Annual report on the mental hospital in the Central Provinces and Berar (Nagpur) - 1927-1951
Year: 1927
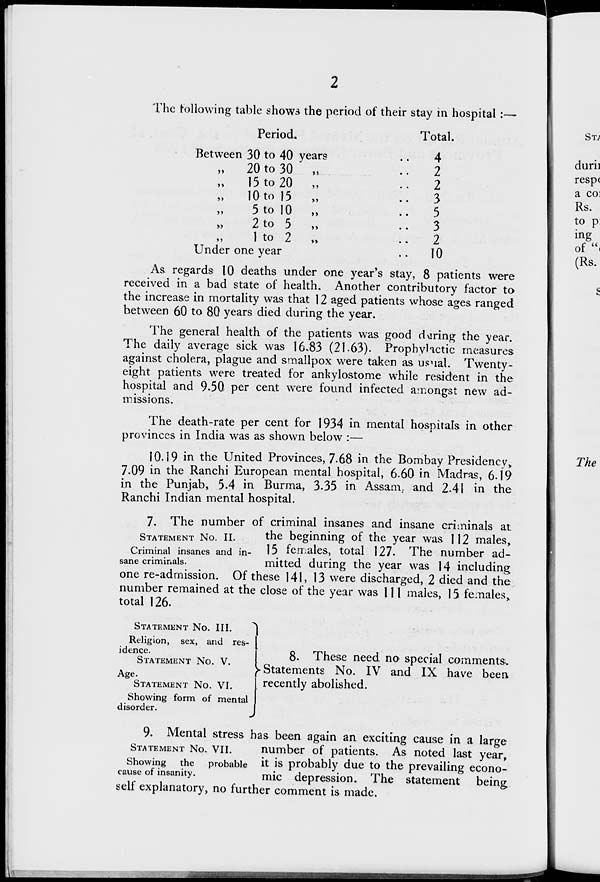
2
The following table shows the period of their stay in hospital :—
Period.
Between 30 to 40 years
„
20 to 30 „
„ 15 to 20 „
„
10 to 15 „
„ 5 to 10 „
„ 2 to 5 „
„ 1 to 2 „
Under one year
Total.
4
2
2
3
5
3
2
10
As regards 10 deaths under one year's stay, 8 patients were
received in a bad state of health. Another contributory factor to
the increase in mortality was that 12 aged patients whose ages ranged
between 60 to 80 years died during the year.
The general health of the patients was good during the year.
The daily average sick was 16.83 (21.63). Prophylactic measures
against cholera, plague and smallpox were taken as usual. Twenty-
eight patients were treated for ankylostome while resident in the
hospital and 9.50 per cent were found infected amongst new ad-
missions.
The death-rate per cent for 1934 in mental hospitals in other
provinces in India was as shown below :—
10.19 in the United Provinces, 7.68 in the Bombay Presidency,
7.09 in the Ranchi European mental hospital, 6.60 in Madras, 6.19
in the Punjab, 5.4 in Burma, 3.35 in Assam, and 2.41 in the
Ranchi Indian mental hospital.
STATEMENT No. II.
Criminal insanes and in-
sane criminals.
7. The number of criminal insanes and insane criminals at
the beginning of the year was 112 males,
15 females, total 127. The number ad-
mitted during the year was 14 including
one re-admission. Of these 141, 13 were discharged, 2 died and the
number remained at the close of the year was 111 males, 15 females,
total 126.
STATEMENT No. III.
Religion, sex, and res-
idence.
STATEMENT No. V.
Age.
STATEMENT No. VI.
Showing form of mental
disorder.
8. These need no special comments
Statements No. IV and IX have been
recently abolished.
STATEMENT No.VII.
Showing
the
probable
cause of insanity.
9. Mental stress has been again an exciting cause in a large
number of patients. As noted last year,
it is probably due to the prevailing econo-
mic depression. The statement being
self explanatory, no further comment is made.